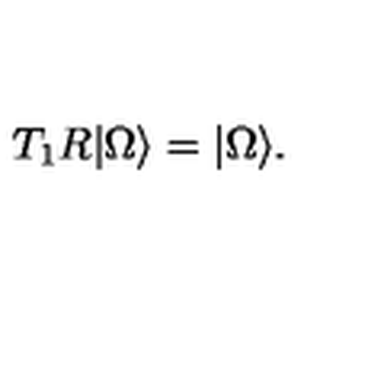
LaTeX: T _ { 1 } R \vert \Omega \rangle = \vert \Omega \rangle .